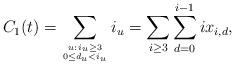
LaTeX: \begin{align*}C_1(t) = \sum_{u:\,i_u \geq 3 \atop {0 \leq d_u < i_u}} i_u = \sum_{i \geq 3} \sum_{d =0}^{i-1} ix_{i,d},\end{align*}